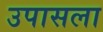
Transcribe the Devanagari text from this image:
उपासला